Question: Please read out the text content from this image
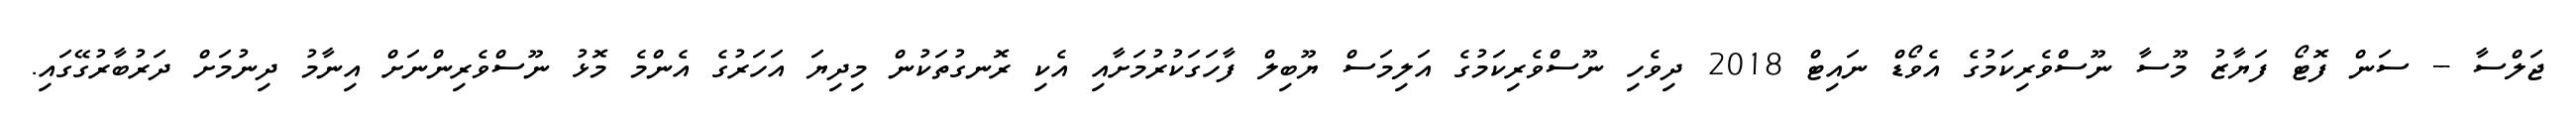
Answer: ޖަލްސާ -- ސަން ފޮޓޯ ފަޔާޒު މޫސާ ނޫސްވެރިކަމުގެ އެވޯޑް ނައިޓް 2018 ދިވެހި ނޫސްވެރިކަމުގެ އަލިމަސް ޔޫބިލް ފާހަގަކުރުމަށާއި އެކި ރޮނގުތަކުން މިދިޔަ އަހަރުގެ އެންމެ މޮޅު ނޫސްވެރިންނަށް އިނާމު ދިނުމަށް ދަރުބާރުގޭގައި.